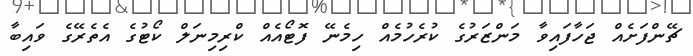
ޗޭންފަށެއް ޖަހާފައިވާ މަންޒަރުގެ ކުރެހުމެއް ހިމެނޭ ފޮޓޯއެއް ކްރިމިނަލް ކޯޓުގެ އެތެރޭގެ ވައިބާ